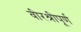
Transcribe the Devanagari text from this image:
वीरश्रीपूर्ण